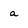
Character: a